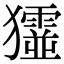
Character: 𤣋